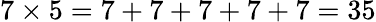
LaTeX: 7\times 5=7+7+7+7+7=35